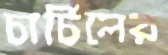
চার্চিলের